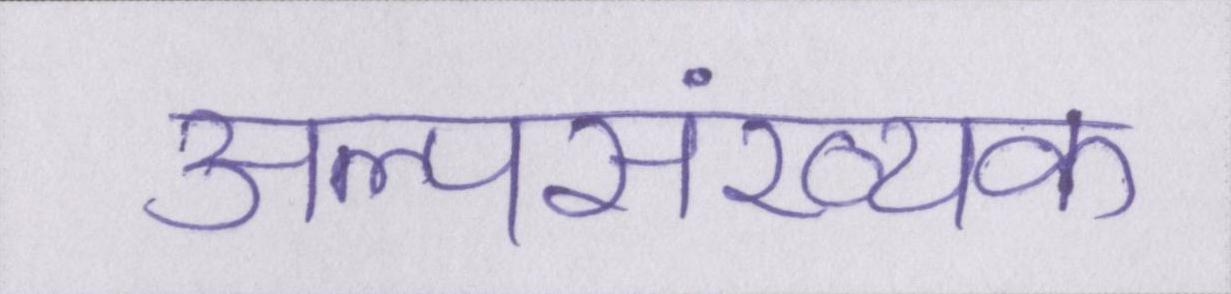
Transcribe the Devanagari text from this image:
अल्पसंख्यक